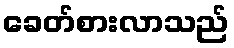
ခေတ်စားလာသည်